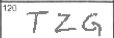
Transcription: TZG